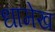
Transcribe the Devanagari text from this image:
धामेख